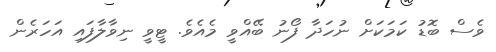
ވެސް ބޮޑު ކަމަކަށް ނުހަދާ ފޯނު ބޭއްވީ މެއެވެ. ޓީވީ ނިވާލާފައި އަހަރެން